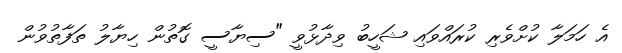
އެ ހަމަލާ ކުށްވެރި ކުރައްވައި ޝަހީބު ވިދާޅުވީ "ސިޔާސީ ގޮތުން ހިޔާލު ތަފާތުވުން